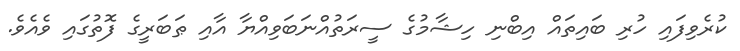
ކުރެވިފައި ހުރި ބައިތައް އިބްނި ހިޝާމުގެ ސީރަތުއްނަބަވިއްޔާ އާއި ޠަބަރީގެ ފޮތުގައި ވެއެވެ.